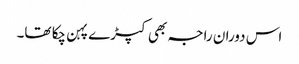
اس دوران راجہ بھی کپڑے پہن چکا تھا۔